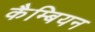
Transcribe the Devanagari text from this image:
कैम्बियन